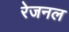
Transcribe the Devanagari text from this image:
रेजनल